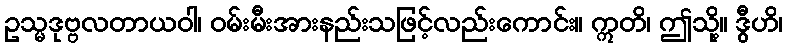
ဥသ္မဒုဗ္ဗလတာယဝါ၊ ဝမ်းမီးအားနည်းသဖြင့်လည်းကောင်း။ ဣတိ၊ ဤသို့။ ဒွီဟိ၊